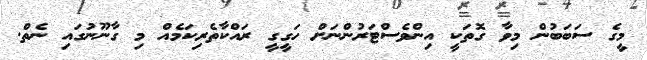
މީގެ ސަބަބުން މިވާ ގޮތަކީ އިންވެސްޓަރުންނަށް ހަގީގީ ރައްކާތެރިކަމެއް މި ގާނޫނުގައި ނެތް.